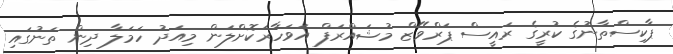
ޕާކިސްތާނުގެ ކުރީގެ ރައީސް ޕަރްވޭޒް މުޝައްރަފް އަވަހާރަކޮށްލަން މިއަދު ހަމަލާ ދިން ތަނުގައި